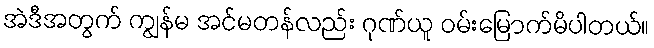
အဲဒီအတွက် ကျွန်မ အင်မတန်လည်း ဂုဏ်ယူ ဝမ်းမြောက်မိပါတယ်။